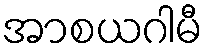
အာစယဂါမီ